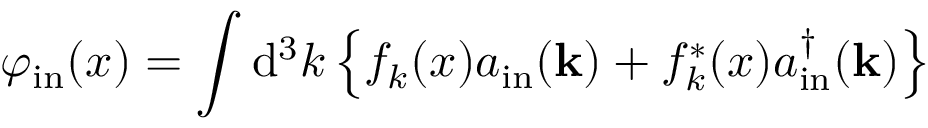
\varphi _ { \mathrm { i n } } ( x ) = \int \mathrm { d } ^ { 3 } k \left\{ f _ { k } ( x ) a _ { \mathrm { i n } } ( \mathbf { k } ) + f _ { k } ^ { * } ( x ) a _ { \mathrm { i n } } ^ { \dagger } ( \mathbf { k } ) \right\}